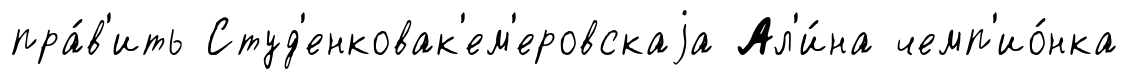
пра́в'ить Студ'енковак'ем'еровскаjа Ал'и́на чемп'ио́нка